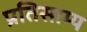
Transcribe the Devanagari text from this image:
प्रतिसाम्य